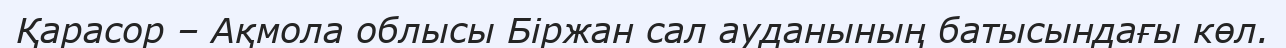
Қарасор – Ақмола облысы Біржан сал ауданының батысындағы көл.